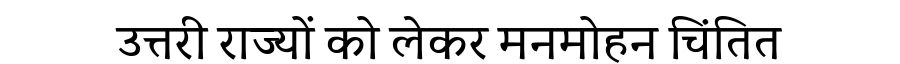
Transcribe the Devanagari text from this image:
उत्तरी राज्यों को लेकर मनमोहन चिंतित